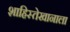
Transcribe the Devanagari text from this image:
शाहिस्तेखानाला